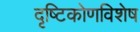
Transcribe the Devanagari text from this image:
दृष्टिकोणविशेष